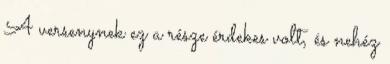
A versenynek ez a része érdekes volt, és nehéz